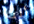
أنت